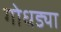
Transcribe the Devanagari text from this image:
गोधड्या